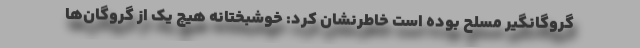
گروگانگیر مسلح بوده است خاطرنشان کرد: خوشبختانه هیچ یک از گروگان‌ها